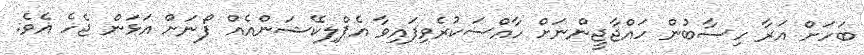
ބަހަށް އަރާ ހިސާބުން ހައްޖާޖީންނަށް ހާއްސަކުރެވިފައިވާ އެޕްލިކޭޝަންއެއް ފޯނަށް އަޅަން ޖެހެ އެވެ.